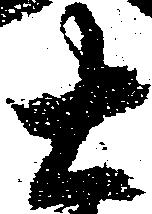
右